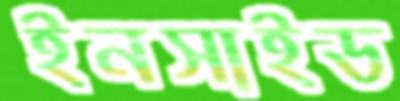
ইনসাইড